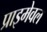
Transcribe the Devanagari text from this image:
प्राइमेवल